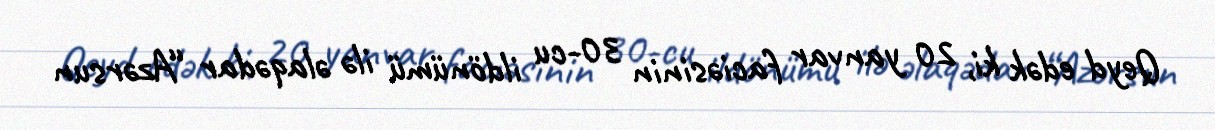
Qeyd edək ki, 20 yanvar faciəsinin 30-cu ildönümü ilə əlaqədar “Azərsun